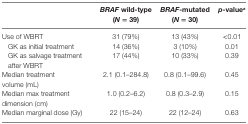
<table><thead><tr><td></td><td><b><i>BRAF</i> wild-type (<i>N</i> = 39)</b></td><td><b><i>BRAF</i>-mutated (<i>N</i> = 30)</b></td><td><b><i>p</i>-value<sup>a</sup></b></td></tr></thead><tbody><tr><td>Use of WBRT</td><td>31 (79%)</td><td>13 (43%)</td><td>&lt;0.01</td></tr><tr><td> GK as initial treatment</td><td>14 (36%)</td><td>3 (10%)</td><td>0.01</td></tr><tr><td> GK as salvage treatment after WBRT</td><td>17 (44%)</td><td>10 (33%)</td><td>0.39</td></tr><tr><td>Median treatment volume (mL)</td><td>2.1 (0.1–284.8)</td><td>0.8 (0.1–99.6)</td><td>0.45</td></tr><tr><td>Median max treatment dimension (cm)</td><td>1.0 (0.2–6.2)</td><td>0.8 (0.3–2.9)</td><td>0.15</td></tr><tr><td>Median marginal dose (Gy)</td><td>22 (15–24)</td><td>22 (12–24)</td><td>0.63</td></tr></tbody></table>